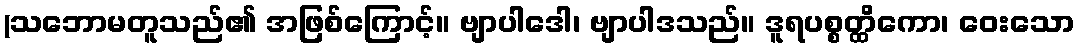
(သဘောမတူသည်၏ အဖြစ်ကြောင့်။ ဗျာပါဒေါ၊ ဗျာပါဒသည်။ ဒူရပစ္စတ္ထိကော၊ ဝေးသော